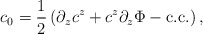
\begin{align*}c_{0} = \frac{1}{2} \left( \partial_{z} c^{z} + c^{z}\partial_{z}\Phi - {\rm c.c.} \right) ,\end{align*}